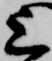
上